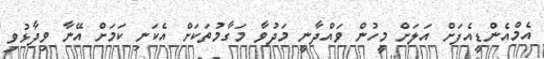
އެމްއެންޑީއެފަށް އަލަށް މީހުން ވައްދާނީ މަދުވާ މަގާމުތަކަށް އެކަނި ކަމަށް އޭނާ ވިދާޅުވި